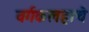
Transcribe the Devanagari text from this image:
वर्गकलहाचे